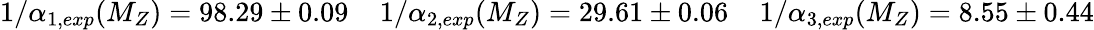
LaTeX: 1/\alpha_{1,exp}(M_{Z})=98.29\pm 0.09\; \; \; \; 1/\alpha_{2,exp}(M_{Z})=29.61\pm 0.06\; \; \; \; 1/\alpha_{3,exp}(M_{Z})=8.55\pm 0.44